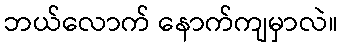
ဘယ်လောက် နောက်ကျမှာလဲ။